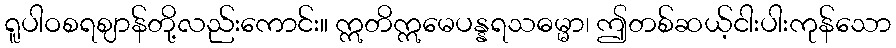
ရူပါဝစရဈာန်တို့လည်းကောင်း။ ဣတိဣမေပန္နရသဓမ္မာ၊ ဤတစ်ဆယ့်ငါးပါးကုန်သော